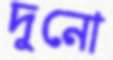
দুনো